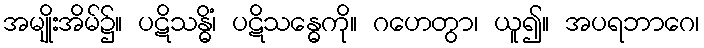
အမျိုးအိမ်၌။ ပဋိသန္ဓိံ၊ ပဋိသန္ဓေကို။ ဂဟေတွာ၊ ယူ၍။ အပရဘာဂေ၊